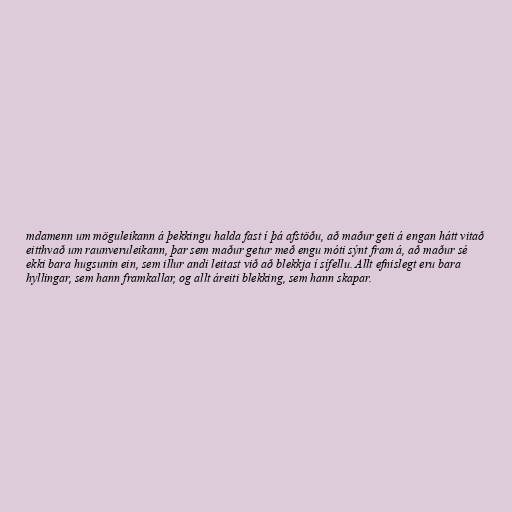
mdamenn um möguleikann á þekkingu halda fast í þá afstöðu, að maður geti á engan hátt vitað
eitthvað um raunveruleikann, þar sem maður getur með engu móti sýnt fram á, að maður sé
ekki bara hugsunin ein, sem illur andi leitast við að blekkja í sífellu. Allt efnislegt eru bara
hyllingar, sem hann framkallar, og allt áreiti blekking, sem hann skapar.